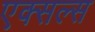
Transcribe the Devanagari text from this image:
एक्सल्स